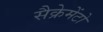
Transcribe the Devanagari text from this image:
सैक्रेमेंटो